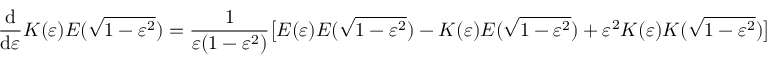
{ \frac { \mathrm { d } } { \mathrm { d } \varepsilon } } K ( \varepsilon ) E ( { \sqrt { 1 - \varepsilon ^ { 2 } } } ) = { \frac { 1 } { \varepsilon ( 1 - \varepsilon ^ { 2 } ) } } { \bigl [ } E ( \varepsilon ) E ( { \sqrt { 1 - \varepsilon ^ { 2 } } } ) - K ( \varepsilon ) E ( { \sqrt { 1 - \varepsilon ^ { 2 } } } ) + \varepsilon ^ { 2 } K ( \varepsilon ) K ( { \sqrt { 1 - \varepsilon ^ { 2 } } } ) { \bigr ] }